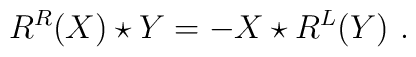
R^R(X)\star Y=-X\star R^L (Y) \ .